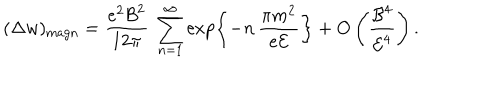
( \Delta w ) _ { \mathrm { m a g n } } = \frac { e ^ { 2 } { \cal B } ^ { 2 } } { 1 2 \pi } \ \sum _ { n = 1 } ^ { \infty } \exp \left\{ - n \, \frac { \pi m ^ { 2 } } { e { \cal E } } \right\} + O \left( \frac { { \cal B } ^ { 4 } } { { \cal E } ^ { 4 } } \right) .